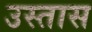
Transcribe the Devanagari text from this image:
उस्तास